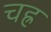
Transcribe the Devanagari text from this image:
चह्र